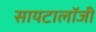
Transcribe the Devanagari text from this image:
सायटालॉजी